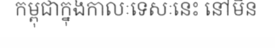
កម្ពុជាក្នុងកាលៈទេសៈនេះ នៅមិន